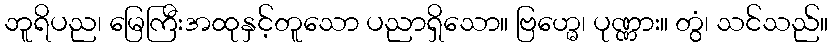
ဘူရိပည၊ မြေကြီးအထုနှင့်တူသော ပညာရှိသော။ ဗြဟ္မေ၊ ပုဏ္ဏား။ တွံ၊ သင်သည်။